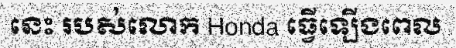
នេះ របស់លោក Honda ធ្វើឡើងពេល